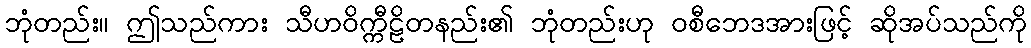
ဘုံတည်း။ ဤသည်ကား သီဟဝိက္ကီဠိတနည်း၏ ဘုံတည်းဟု ဝစီဘေဒအားဖြင့် ဆိုအပ်သည်ကို